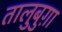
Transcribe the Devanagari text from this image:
तालुबुग़ा